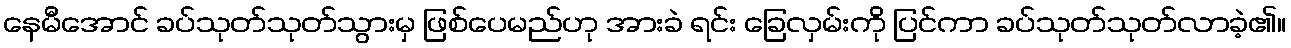
နေမီအောင် ခပ်သုတ်သုတ်သွားမှ ဖြစ်ပေမည်ဟု အားခဲ ရင်း ခြေလှမ်းကို ပြင်ကာ ခပ်သုတ်သုတ်လာခဲ့၏။